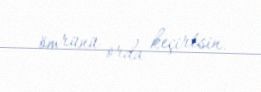
ömrünü orda keçirtsin.